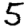
Digit: 5